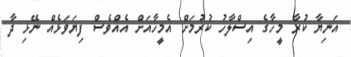
އަނިޔާ ކުރާ މީހާގެ އިސްލާހު ކުރުމަށް އެމީހާއަށް އެއްވެސް ފިޔަވަޅެއް ނޭޅި ދާ